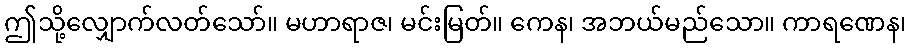
ဤသို့လျှောက်လတ်သော်။ မဟာရာဇ၊ မင်းမြတ်။ ကေန၊ အဘယ်မည်သော။ ကာရဏေန၊